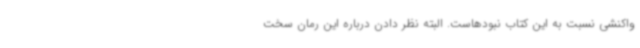
واکنشی نسبت به این کتاب نبودهاست. البته نظر دادن درباره این رمان سخت